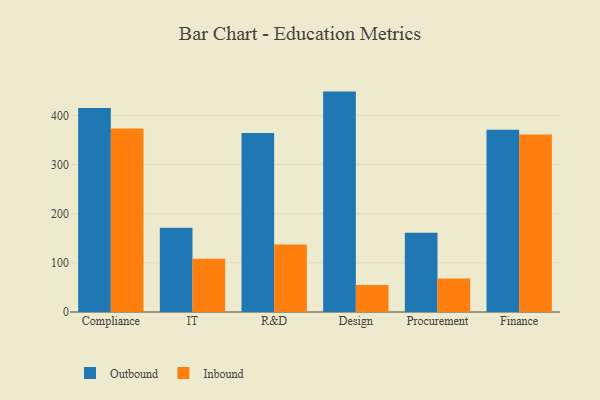
{"axis": {"x": "Department", "y": "Tickets Resolved"}, "legend": ["Inbound", "Outbound"], "data": [{"x": "Compliance", "y": 415.0, "type": "Outbound"}, {"x": "Compliance", "y": 373.1, "type": "Inbound"}, {"x": "IT", "y": 171.6, "type": "Outbound"}, {"x": "IT", "y": 108.5, "type": "Inbound"}, {"x": "R&D", "y": 364.0, "type": "Outbound"}, {"x": "R&D", "y": 137.3, "type": "Inbound"}, {"x": "Design", "y": 448.3, "type": "Outbound"}, {"x": "Design", "y": 54.9, "type": "Inbound"}, {"x": "Procurement", "y": 161.0, "type": "Outbound"}, {"x": "Procurement", "y": 67.9, "type": "Inbound"}, {"x": "Finance", "y": 370.8, "type": "Outbound"}, {"x": "Finance", "y": 361.1, "type": "Inbound"}]}